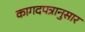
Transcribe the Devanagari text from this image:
कागदपत्रानुसार